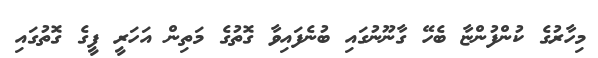
މިހާރުގެ ކުންފުންޏާ ބެހޭ ގާނޫނުގައި ބުނެފައިވާ ގޮތުގެ މަތިން އަހަރީ ފީގެ ގޮތުގައި